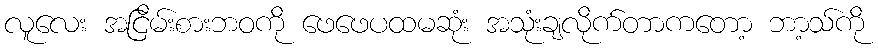
လူလေး အငြိမ်းစားဘဝကို ဖေဖေပထမဆုံး အသုံးချလိုက်တာကတော့ ဘာ့သ်ကို